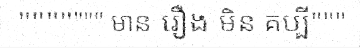
""""""" មាន រឿង មិន គប្បី"""